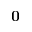
{ \mathbf 0 }